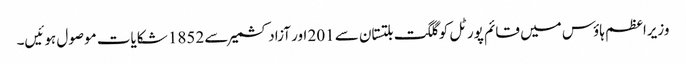
وزیراعظم ہاؤس میں قائم پورٹل کو گلگت بلتستان سے 201 اور آزاد کشمیر سے 1852 شکایات موصول ہوئیں۔